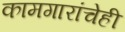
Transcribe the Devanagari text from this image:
कामगारांचेही